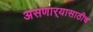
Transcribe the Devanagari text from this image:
असणार्‍यासाठीच